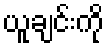
ယူချင်းကို